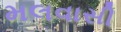
મલવાસી